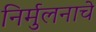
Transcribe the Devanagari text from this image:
निर्मुलनाचे